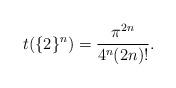
LaTeX: \begin{align*}t(\{2\}^n)=\frac{\pi^{2n}}{4^n(2n)!}.\end{align*}